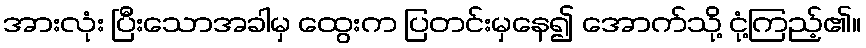
အားလုံး ပြီးသောအခါမှ ထွေးက ပြတင်းမှနေ၍ အောက်သို့ ငုံ့ကြည့်၏။